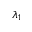
\lambda _ { 1 }